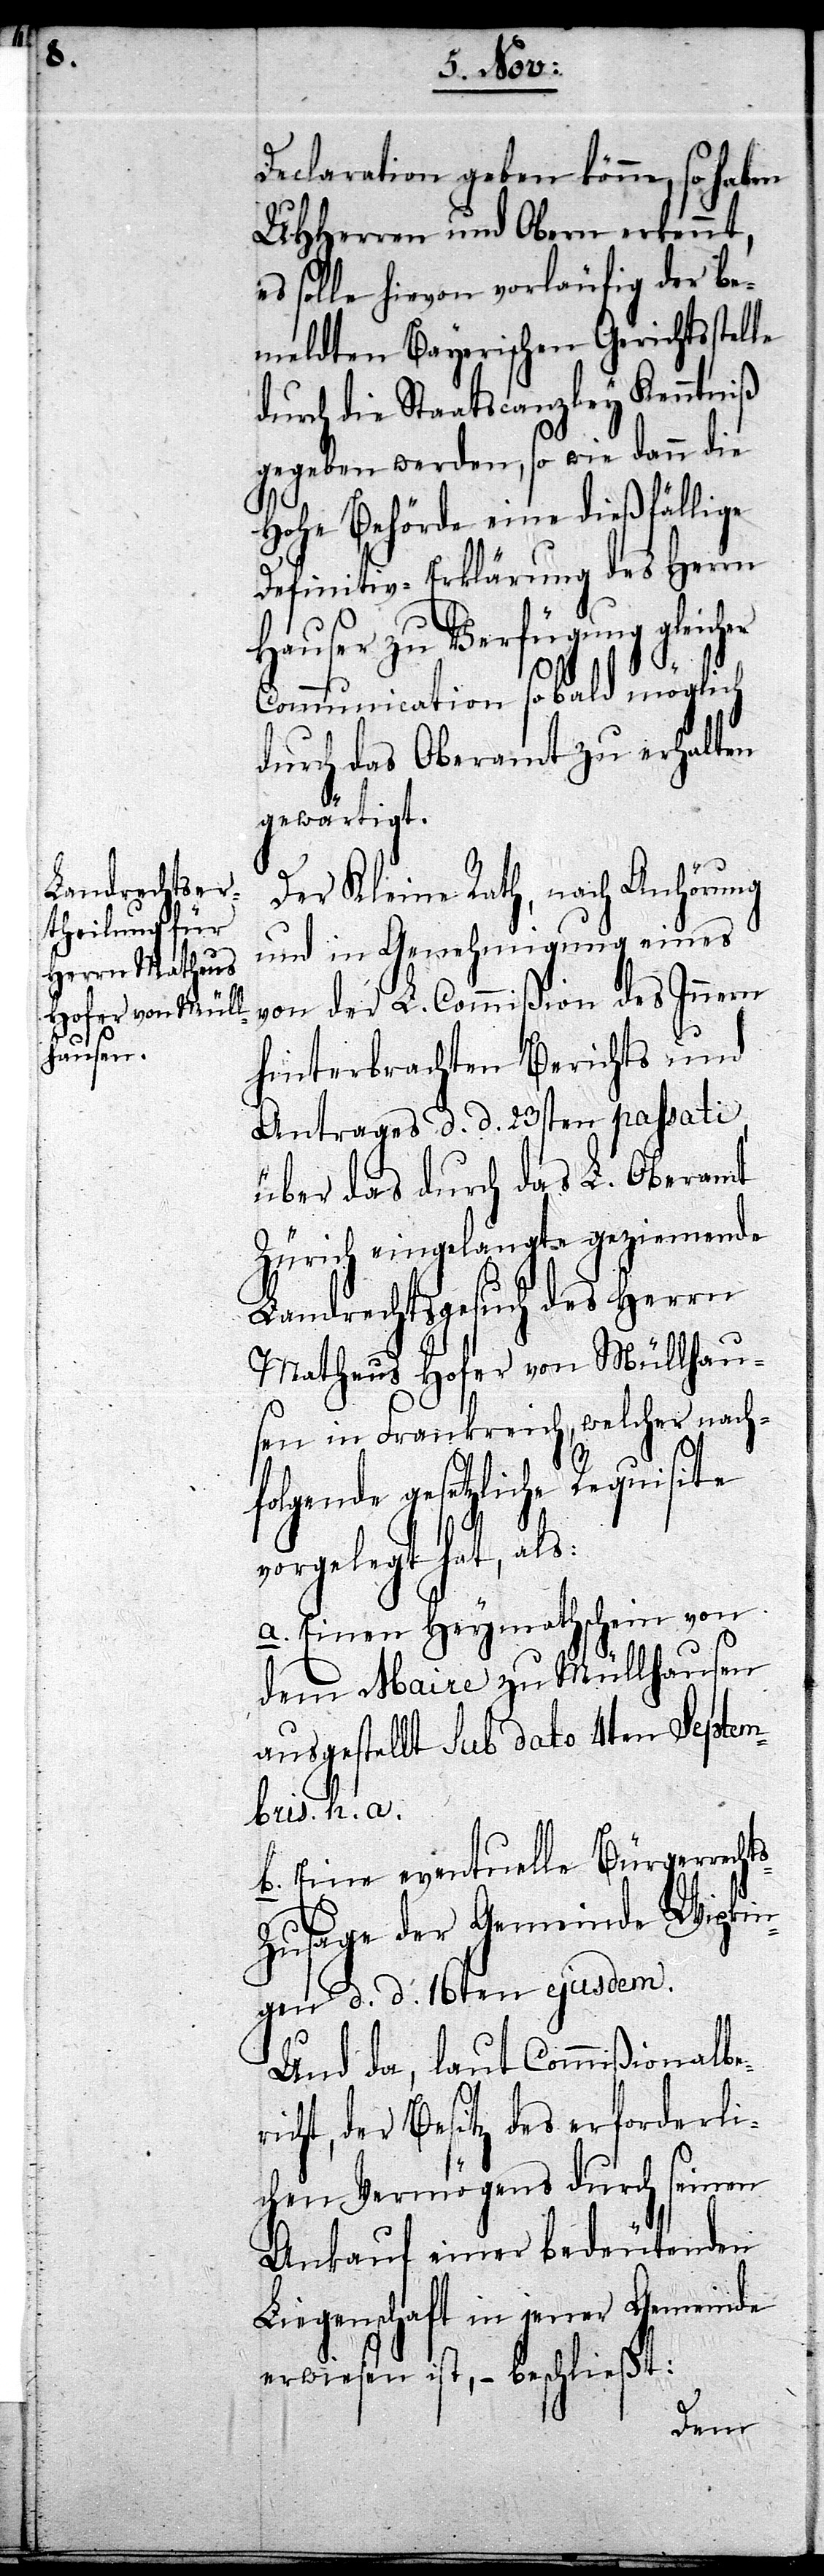
Declaration geben könne, so haben
UHHerren und Obern erkennt,
es solle hievon vorläufig der be¬
meldten Bayerischen Gerichtsstelle
durch die Staatscanzley Kenntniß
gegeben werden, so wie dann die
Hohe Behörde eine dießfällige
Definitiv-Erklärung des Herrn
Hauser zu Verfügung gleicher
Communication sobald möglich
durch das Oberamt zu erhalten
gewärtigt.
Der Kleine Rath, nach Anhörung
und in Genehmigung eines
von der L. Commißion des Innern
hinterbrachten Berichts und
Antrages d. d. 23sten passati,
über das durch das L. Oberamt
Zürich eingelangte geziemende
Landrechtsgesuch des Herrn
Matheus Hofer von Müllhau¬
sen in Frankreich, welcher nach¬
folgende gesetzliche Requisite
vorgelegt hat, als:
a. Einen Heymathschein von
dem Maire zu Müllhausen
ausgestellt sub dato 4ten Septem¬
bris h. a.
b. Eine eventuelle Bürgerrecht¬
szusage der Gemeinde Wipkin¬
gen d. d. 16ten ejusdem.
Und da, laut Commißionalber¬
icht, der Besitz des erforderli¬
chen Vermögens durch seinen
Ankauf einer bedeutenden
Liegenschaft in jener Gemeinde
erwiesen ist, – beschließt: